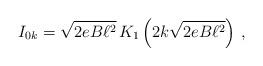
LaTeX: \begin{align*}I_{0k}=\sqrt{2eB\ell ^{2}}\, K_{1}\left( 2k\sqrt{2eB\ell ^{2}}\right) \, ,\end{align*}